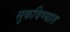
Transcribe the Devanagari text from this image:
सुकविण्यात